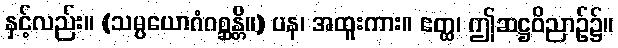
နှင့်လည်း။ (သမ္ပယောဂံဂစ္ဆန္တိ။) ပန၊ အထူးကား။ ဧတ္ထ၊ ဤဆဋ္ဌဝိညာဉ်၌။